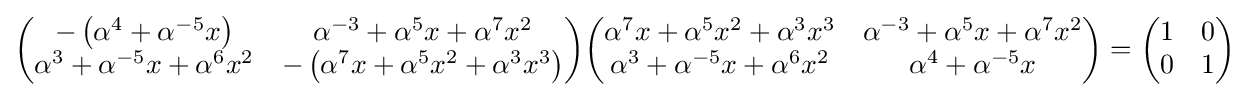
{\begin{pmatrix}-\left(\alpha ^{4}+\alpha ^{-5}x\right)&\alpha ^{-3}+\alpha ^{5}x+\alpha ^{7}x^{2}\\\alpha ^{3}+\alpha ^{-5}x+\alpha ^{6}x^{2}&-\left(\alpha ^{7}x+\alpha ^{5}x^{2}+\alpha ^{3}x^{3}\right)\end{pmatrix}}{\begin{pmatrix}\alpha ^{7}x+\alpha ^{5}x^{2}+\alpha ^{3}x^{3}&\alpha ^{-3}+\alpha ^{5}x+\alpha ^{7}x^{2}\\\alpha ^{3}+\alpha ^{-5}x+\alpha ^{6}x^{2}&\alpha ^{4}+\alpha ^{-5}x\end{pmatrix}}={\begin{pmatrix}1&0\\0&1\end{pmatrix}}